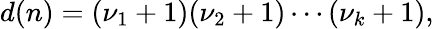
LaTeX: d(n)=(\nu_{1}+1)(\nu_{2}+1)\cdots(\nu_{k}+1),